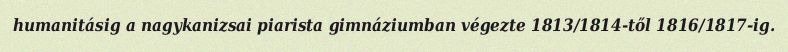
humanitásig a nagykanizsai piarista gimnáziumban végezte 1813/1814-től 1816/1817-ig.